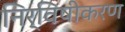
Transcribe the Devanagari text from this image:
निर्विषीकरण